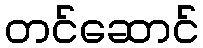
တင်ဆောင်